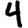
Digit: 4